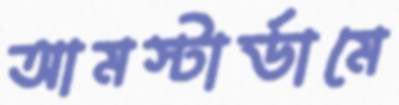
আমস্টার্ডামে